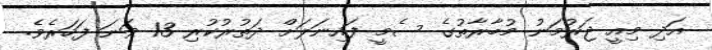
އަދި މިއީ ޖަރުމަނު މުބާރާތުގެ ސެމީ ފައިނަލަށް ދަތުރުކުރި 13 ވަނަ ފަހަރެވެ.